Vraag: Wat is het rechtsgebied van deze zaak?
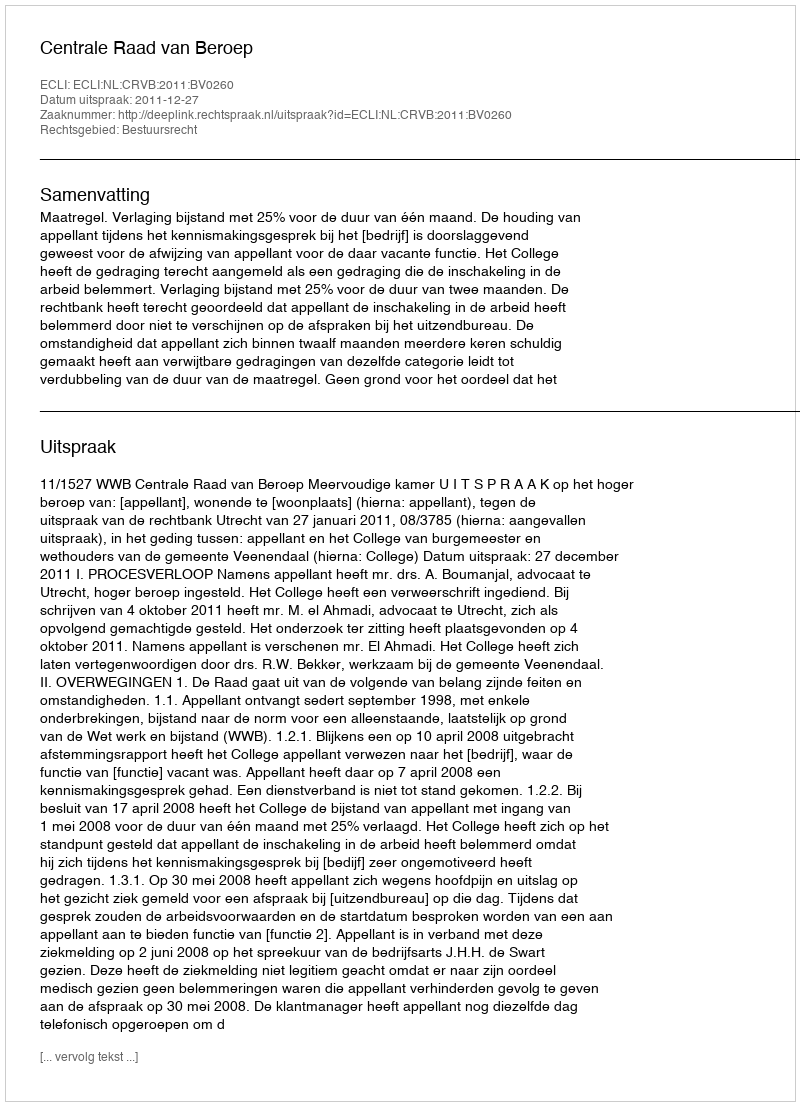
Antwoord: Bestuursrecht